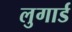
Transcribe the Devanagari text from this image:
लुगार्ड